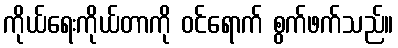
ကိုယ်ရေးကိုယ်တာကို ဝင်ရောက် စွက်ဖက်သည်။